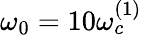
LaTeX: \omega_{0}=10\omega_{c}^{(1)}